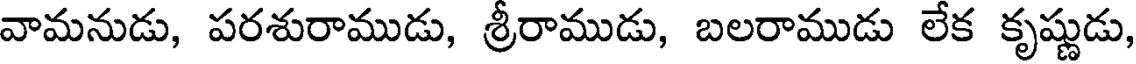
వామనుడు, పరశురాముడు, శ్రీరాముడు, బలరాముడు లేక కృష్ణుడు,